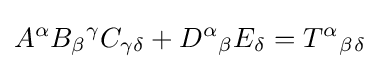
A^{\alpha }B_{\beta }{}^{\gamma }C_{\gamma \delta }+D^{\alpha }{}_{\beta }{}E_{\delta }=T^{\alpha }{}_{\beta }{}_{\delta }